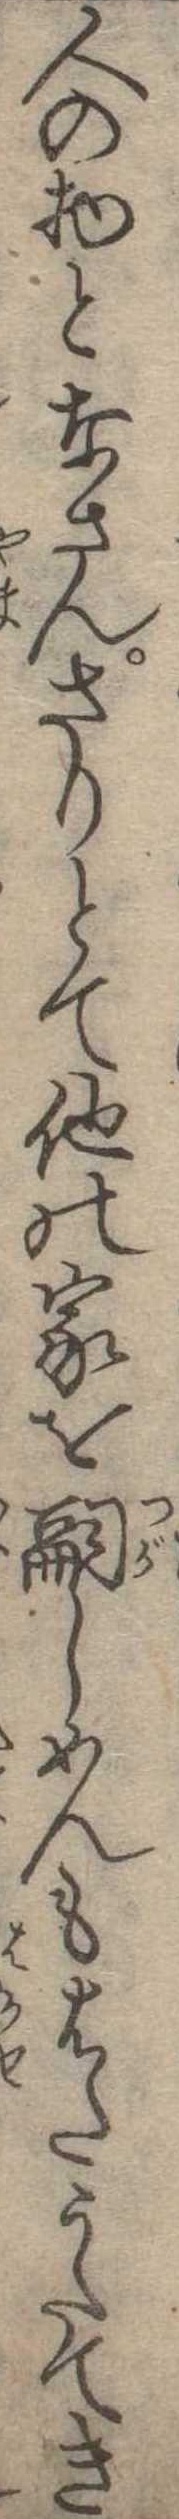
人の物となさんさりとて他の家を嗣しめんもはたうたてき